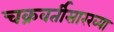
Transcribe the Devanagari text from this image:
चक्रवर्तीसारख्या